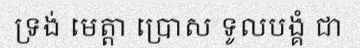
ទ្រង់ មេត្តា ប្រោស ទូលបង្គំ ជា